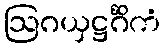
ဩဂယှဋ္ဌင်္ဂိကံ